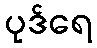
ပုဒ်ရေ